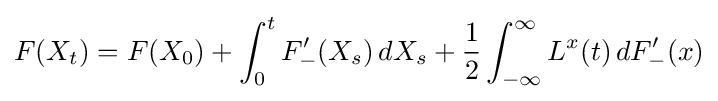
F(X_{t})=F(X_{0})+\int _{0}^{t}F'_{-}(X_{s})\,dX_{s}+{\frac {1}{2}}\int _{-\infty }^{\infty }L^{x}(t)\,dF'_{-}(x)